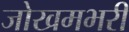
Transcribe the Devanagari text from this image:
जोखमभरी